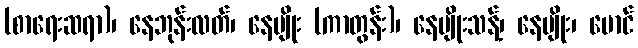
(စာရေးဆရာ)၊ နေဘုန်းလတ်၊ နေမျိုး (ကာတွန်း)၊ နေမျိုးသန့်၊ နေမျိုး၊ မောင်